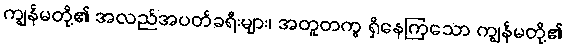
ကျွန်မတို့၏ အလည်အပတ်ခရီးများ၊ အတူတကွ ရှိနေကြသော ကျွန်မတို့၏